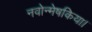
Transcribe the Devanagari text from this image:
नवोन्मेषकिया।